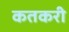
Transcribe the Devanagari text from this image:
कतकरी